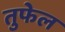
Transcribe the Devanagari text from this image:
तुफेल